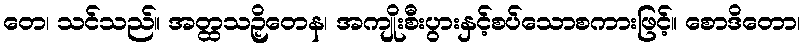
တေ၊ သင်သည်။ အတ္ထသဉှိတေန၊ အကျိုးစီးပွားနှင့်စပ်သောစကားဖြင့်။ စောဒိတော၊